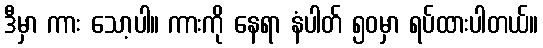
ဒီမှာ ကား သော့ပါ။ ကားကို နေရာ နံပါတ် ၅၀မှာ ရပ်ထားပါတယ်။